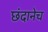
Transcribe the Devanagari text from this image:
छंदानेच